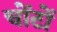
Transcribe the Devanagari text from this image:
चोंटों